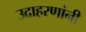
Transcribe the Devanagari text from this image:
उदाहरणांनी